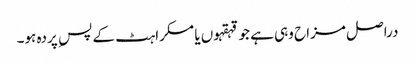
دراصل مزاح وہی ہے جو قہقہوں یا مسکراہٹ کے پس ِ پردہ ہو۔